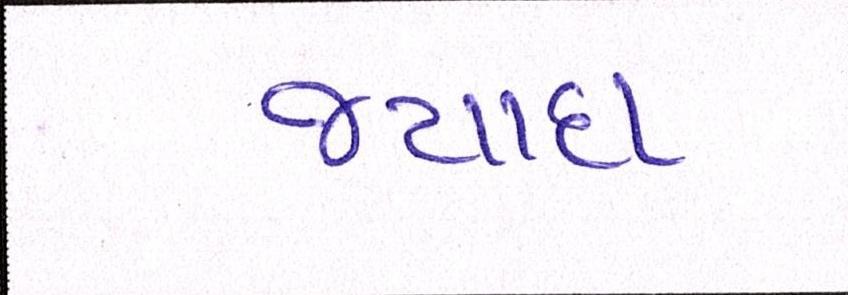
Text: જ્યાદા